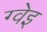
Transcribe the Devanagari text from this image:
ग्वेइ